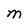
Character: M